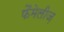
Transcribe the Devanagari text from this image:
फैमेलीज़